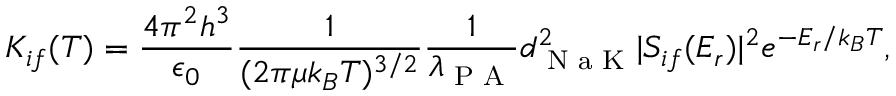
K _ { i f } ( T ) = \frac { 4 \pi ^ { 2 } h ^ { 3 } } { \epsilon _ { 0 } } \frac { 1 } { ( 2 \pi \mu k _ { B } T ) ^ { 3 / 2 } } \frac { 1 } { \lambda _ { \textrm { P A } } } d _ { \textrm { N a K } } ^ { 2 } | S _ { i f } ( E _ { r } ) | ^ { 2 } e ^ { - E _ { r } / k _ { B } T } ,